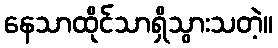
နေသာထိုင်သာရှိသွားသတဲ့။